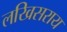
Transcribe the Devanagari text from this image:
लखिसराय